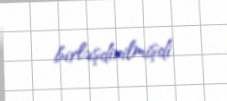
birləşdirilmişdi.